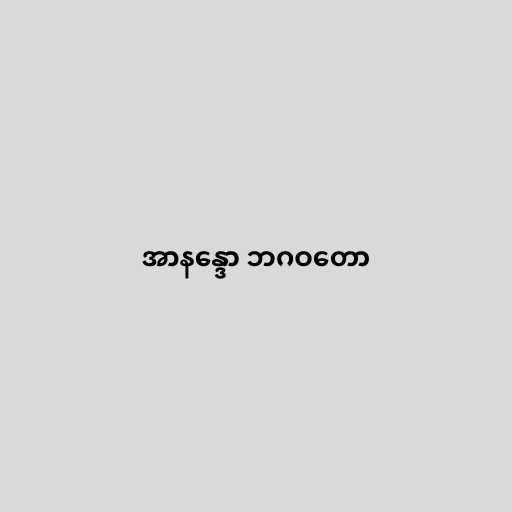
အာနန္ဒော ဘဂဝတော